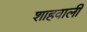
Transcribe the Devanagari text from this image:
शाहवाली